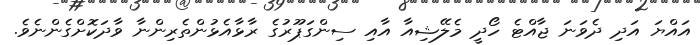
އައްޔަ އަދި ދެވަނަ ޖާއްޓެ ހޯދީ މެލޭޝިއާ އާއި ސިންގަޕޫރުގެ ރާޅާއެޅުންތެރިންނާ ވާދަކޮށްގެންނެވެ.